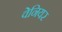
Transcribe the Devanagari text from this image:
वेनियर